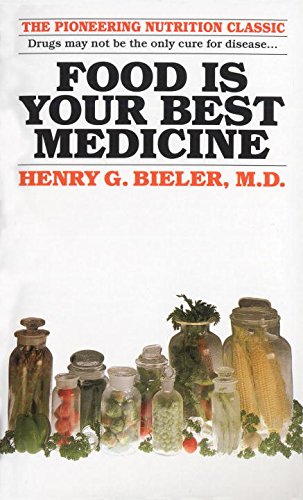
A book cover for Food Is Your Best Medicine; Henry G. Bieler M.D.; Health, Fitness & Dieting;